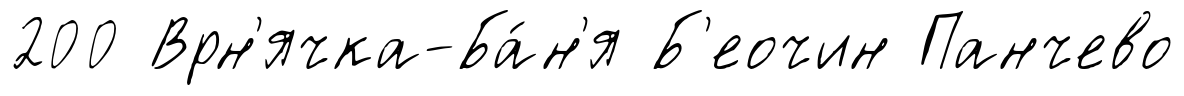
200 Врн'ячка-Ба́н'я Б'еочин Панчево